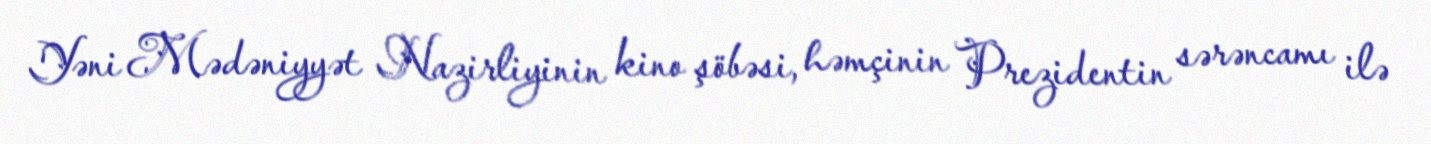
Yəni Mədəniyyət Nazirliyinin kino şöbəsi, həmçinin Prezidentin sərəncamı ilə